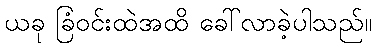
ယခု ခြံဝင်းထဲအထိ ခေါ်လာခဲ့ပါသည်။